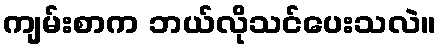
ကျမ်းစာက ဘယ်လိုသင်ပေးသလဲ။